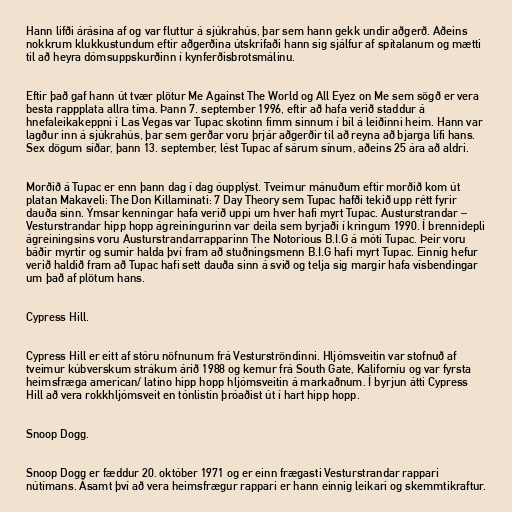
Hann lifði árásina af og var fluttur á sjúkrahús, þar sem hann gekk undir aðgerð. Aðeins
nokkrum klukkustundum eftir aðgerðina útskrifaði hann sig sjálfur af spítalanum og mætti
til að heyra dómsuppskurðinn í kynferðisbrotsmálinu.

Eftir það gaf hann út tvær plötur Me Against The World og All Eyez on Me sem sögð er vera
besta rappplata allra tíma. Þann 7. september 1996, eftir að hafa verið staddur á
hnefaleikakeppni í Las Vegas var Tupac skotinn fimm sinnum í bíl á leiðinni heim. Hann var
lagður inn á sjúkrahús, þar sem gerðar voru þrjár aðgerðir til að reyna að bjarga lífi hans.
Sex dögum síðar, þann 13. september, lést Tupac af sárum sínum, aðeins 25 ára að aldri.

Morðið á Tupac er enn þann dag í dag óupplýst. Tveimur mánuðum eftir morðið kom út
platan Makaveli: The Don Killaminati: 7 Day Theory sem Tupac hafði tekið upp rétt fyrir
dauða sinn. Ýmsar kenningar hafa verið uppi um hver hafi myrt Tupac. Austurstrandar –
Vesturstrandar hipp hopp ágreiningurinn var deila sem byrjaði í kringum 1990. Í brennidepli
ágreiningsins voru Austurstrandarrapparinn The Notorious B.I.G á móti Tupac. Þeir voru
báðir myrtir og sumir halda því fram að stuðningsmenn B.I.G hafi myrt Tupac. Einnig hefur
verið haldið fram að Tupac hafi sett dauða sinn á svið og telja sig margir hafa vísbendingar
um það af plötum hans.

Cypress Hill.

Cypress Hill er eitt af stóru nöfnunum frá Vesturströndinni. Hljómsveitin var stofnuð af
tveimur kúbverskum strákum árið 1988 og kemur frá South Gate, Kaliforníu og var fyrsta
heimsfræga american/ latino hipp hopp hljómsveitin á markaðnum. Í byrjun átti Cypress
Hill að vera rokkhljómsveit en tónlistin þróaðist út í hart hipp hopp.

Snoop Dogg.

Snoop Dogg er fæddur 20. október 1971 og er einn frægasti Vesturstrandar rappari
nútímans. Ásamt því að vera heimsfrægur rappari er hann einnig leikari og skemmtikraftur.